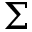
\Sigma